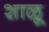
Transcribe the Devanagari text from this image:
शाळू